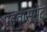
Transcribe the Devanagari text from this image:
एड्वांसमेंट